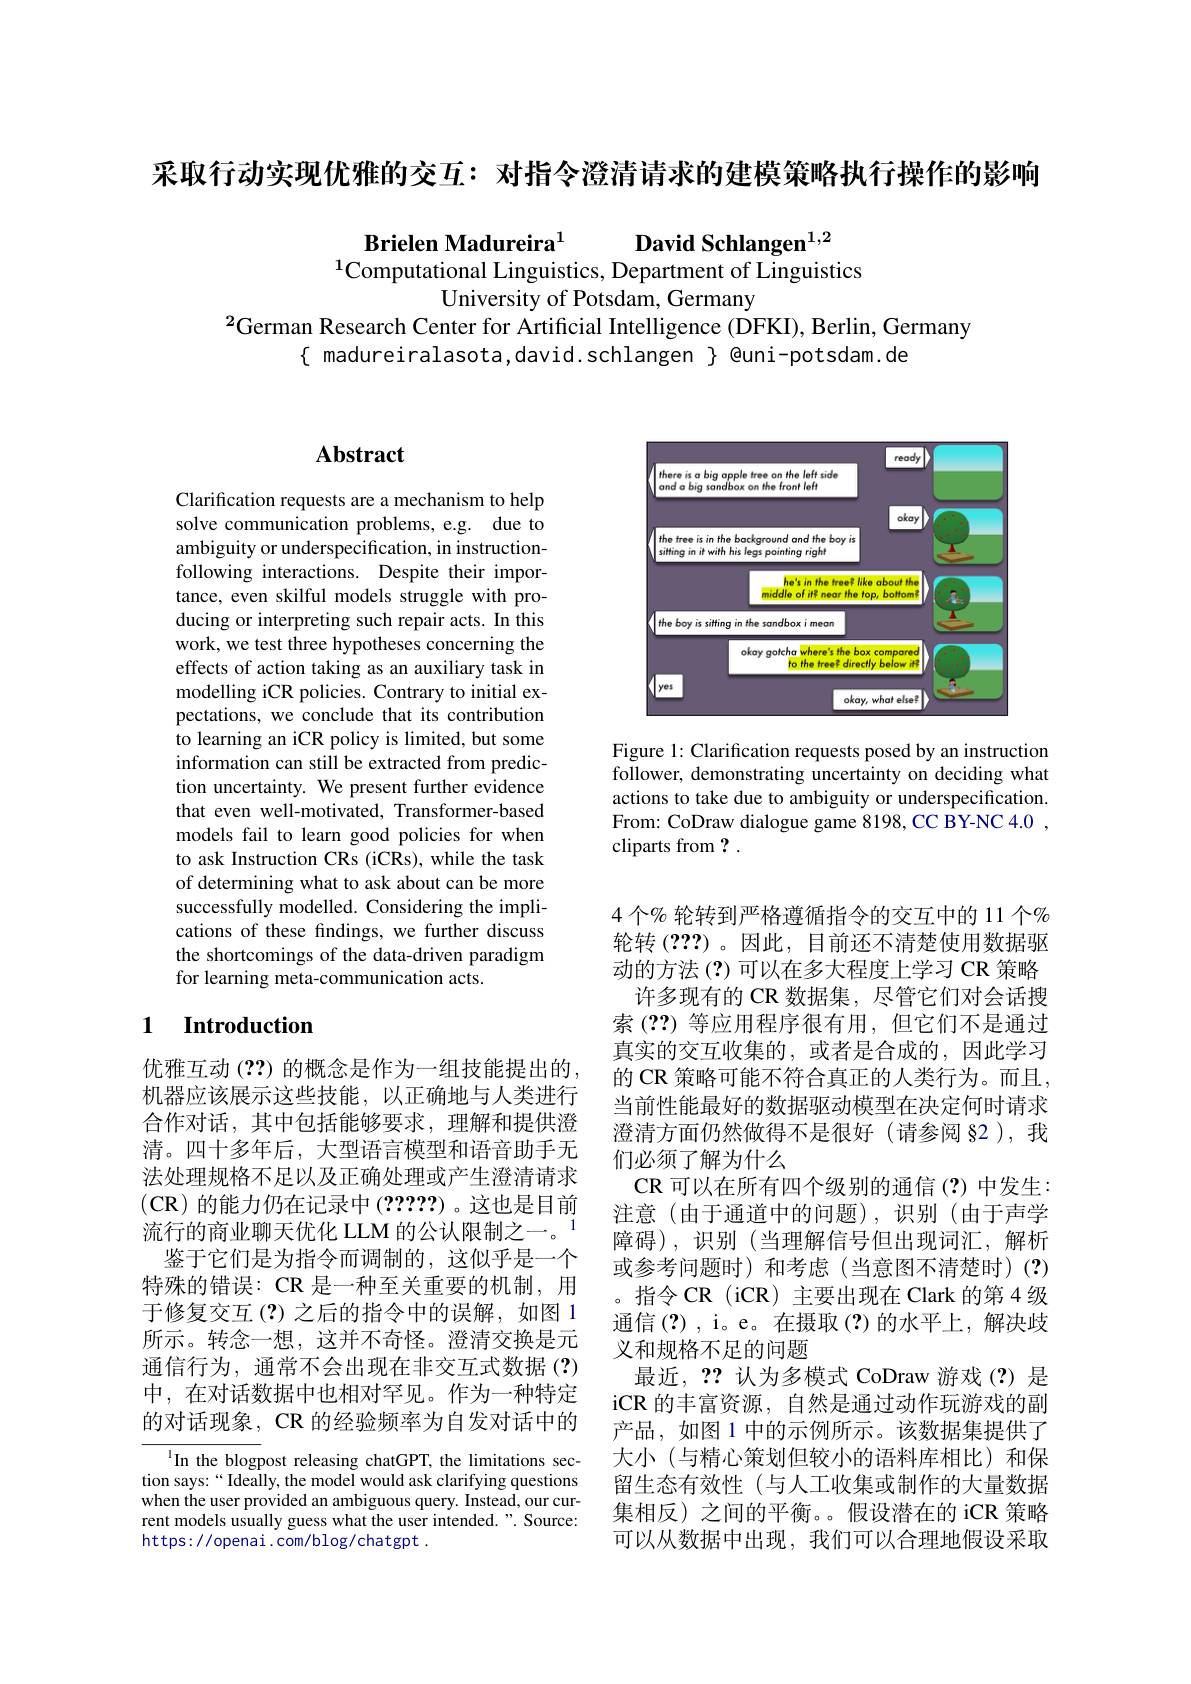
采取行动实现优雅的交互：对指令澄清请求的建模策略执行操作的影响

Brielen Madureira$^{1}$ David Schlangen$^{1,2}$
$^{1}$Computational Linguistics, Department of Linguistics
University of Potsdam, Germany
$^{2}$German Research Center for Artificial Intelligence (DFKI), Berlin, Germany
$\{$ madureiralasota,david.schlangen $\}$ @uni-potsdam.de

# Abstract

Clarification requests are a mechanism to help solve communication problems, e.g. due to ambiguity or underspecification, in instructionfollowing interactions. Despite their importance, even skilful models struggle with producing or interpreting such repair acts. In this work, we test three hypotheses concerning the effects of action taking as an auxiliary task in modelling iCR policies. Contrary to initial expectations, we conclude that its contribution to learning an iCR policy is limited, but some information can still be extracted from prediction uncertainty. We present further evidence that even well-motivated, Transformer-based models fail to learn good policies for when to ask Instruction CRs (iCRs), while the task of determining what to ask about can be more successfully modelled. Considering the implications of these findings, we further discuss the shortcomings of the data-driven paradigm for learning meta-communication acts.

### 1 $\textbf{Introduction}$

优雅互动 (??) 的概念是作为一组技能提出的， 机器应该展示这些技能，以正确地与人类进行合作对话，其中包括能够要求，理解和提供澄清。四十多年后，大型语言模型和语音助手无法处理规格不足以及正确处理或产生澄清请求$(\mathbf{CR})$的能力仍在记录中(2????)。这也是目前流行的商业聊天优化 LLM 的公认限制之一。鉴于它们是为指令而调制的，这似乎是一个
特殊的错误：CR 是一种至关重要的机制，用于修复交互(?)之后的指令中的误解，如图 1所示。转念一想，这并不奇怪。澄清交换是元通信行为，通常不会出现在非交互式数据 (?) 中，在对话数据中也相对罕见。作为一种特定的对话现象，CR 的经验频率为自发对话中的

In the blogpost releasing chatGPT, the limitations section says:“ Ideally, the model would ask clarifying questions when the user provided an ambiguous query. Instead, our current models usually guess what the user intended.". Source: https://openai.com/blog/chatgpt.

<FigureHere>

Figure 1: Clarification requests posed by an instruction follower, demonstrating uncertainty on deciding what actions to take due to ambiguity or underspecification. From: CoDraw dialogue game 8198, CC BY-NC 4.0 , cliparts from ? .

4 个% 轮转到严格遵循指令的交互中的 11 个% 轮转(2??) 。因此，目前还不清楚使用数据驱动的方法(?)可以在多大程度上学习 CR 策略
许多现有的 CR 数据集，尽管它们对会话搜索 (??) 等应用程序很有用，但它们不是通过真实的交互收集的，或者是合成的，因此学习的 CR 策略可能不符合真正的人类行为。而且， 当前性能最好的数据驱动模型在决定何时请求澄清方面仍然做得不是很好(请参阅 §2),我们必须了解为什么
CR 可以在所有四个级别的通信(?)中发生： 注意(由于通道中的问题),识别(由于声学障碍),识别(当理解信号但出现词汇，解析或参考问题时)和考虑(当意图不清楚时)(?) 。指令 CR (iCR) 主要出现在 Clark 的第 4 级通信(?),i。e。在摄取(?)的水平上，解决歧义和规格不足的问题
最近，?? 认为多模式 CoDraw 游戏(?)是iCR 的丰富资源，自然是通过动作玩游戏的副产品，如图 1 中的示例所示。该数据集提供了大小(与精心策划但较小的语料库相比)和保留生态有效性(与人工收集或制作的大量数据集相反)之间的平衡。假设潜在的 iCR 策略可以从数据中出现，我们可以合理地假设采取